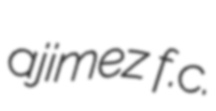
ajimez f.c.